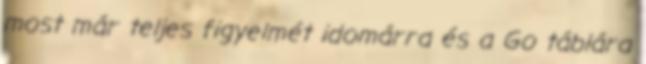
most már teljes figyelmét idomárra és a Go táblára